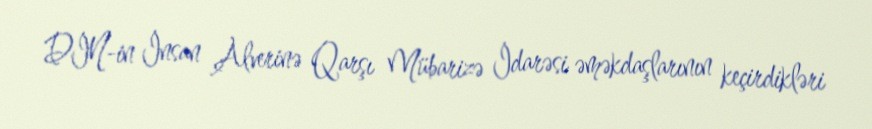
DİN-in İnsan Alverinə Qarşı Mübarizə İdarəsi əməkdaşlarının keçirdikləri